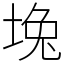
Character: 堍